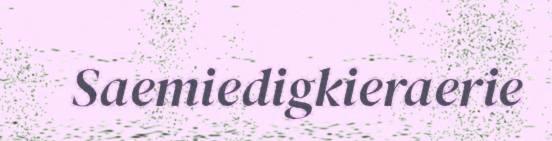
Saemiedigkieraerie